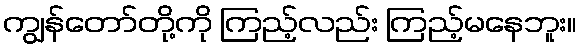
ကျွန်တော်တို့ကို ကြည့်လည်း ကြည့်မနေဘူး။